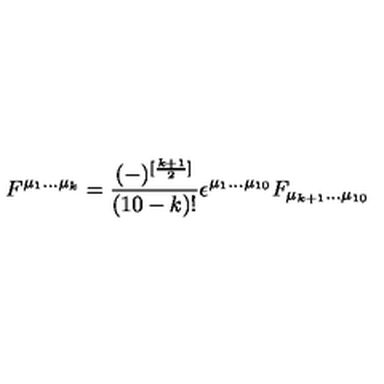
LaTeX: F ^ { \mu _ { 1 } . . . \mu _ { k } } = { \frac { ( - ) ^ { [ { \frac { k + 1 } { 2 } } ] } } { ( 1 0 - k ) ! } } \epsilon ^ { \mu _ { 1 } . . . \mu _ { 1 0 } } F _ { \mu _ { k + 1 } . . . \mu _ { 1 0 } }